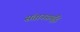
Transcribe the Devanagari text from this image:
संतानसमृद्धि